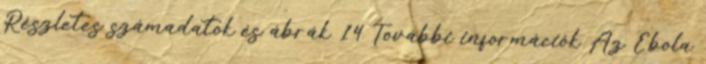
Részletes számadatok és ábrák 14 További információk Az Ebola